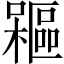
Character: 𣞃